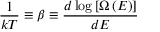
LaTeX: { \frac { 1 } { k T } } \equiv \beta \equiv { \frac { d \log \left[ \Omega \left( E \right) \right] } { d E } }